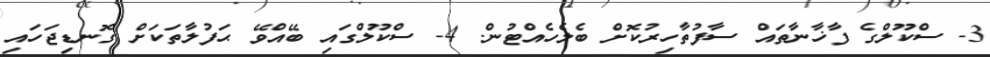
3- ސްކޫލްގެ ފާޚާނާތައް ސާފުތާހިރުކޮށް ބެލެހެއްޓުން. 4- ސްކޫލްގައި ބޭއްވޭ ޙަފުލާތަކަށް ގޮނޑިޖަހައި